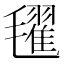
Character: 𣰞